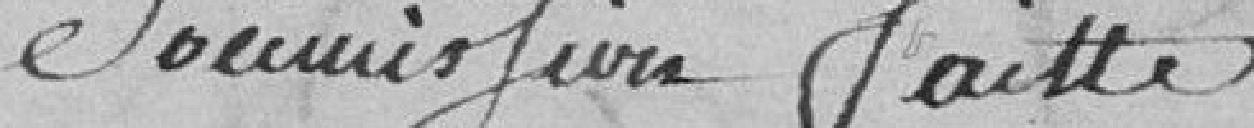
Soumission faite